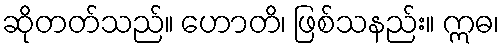
ဆိုတတ်သည်။ ဟောတိ၊ ဖြစ်သနည်း။ ဣဓ၊